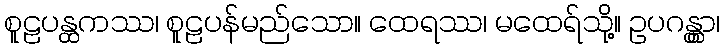
စူဠပန္ထကဿ၊ စူဠပန်မည်သော။ ထေရဿ၊ မထေရ်သို့။ ဥပဂန္တွာ၊